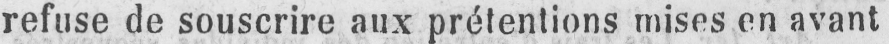
refuse de souscrire aux prétentions mises en avant